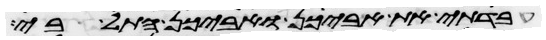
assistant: עבדתי את אביכן ואביכן התל בי